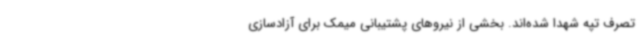
تصرف تپه شهدا شده‌اند. بخشی از نیروهای پشتیبانی میمک برای آزادسازی